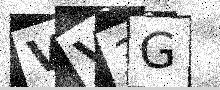
Text: VV3G